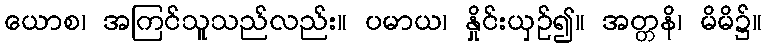
ယောစ၊ အကြင်သူသည်လည်း။ ပမာယ၊ နှိုင်းယှဉ်၍။ အတ္တနိ၊ မိမိ၌။